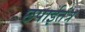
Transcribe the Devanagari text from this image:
छपाईतंत्र